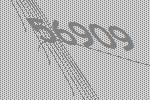
56909